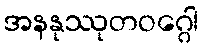
အနနုဿုတဝဂ္ဂေါ